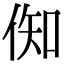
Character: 倁